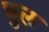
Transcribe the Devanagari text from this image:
त्रुल